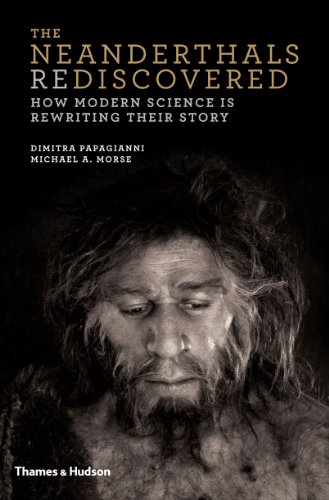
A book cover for The Neanderthals Rediscovered: How Modern Science Is Rewriting Their Story; Dimitra Papagianni; Science & Math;